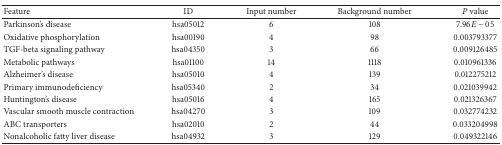
<table><thead><tr><td><b>Feature</b></td><td><b>ID</b></td><td><b>Input number</b></td><td><b>Background number</b></td><td><b><i>P</i> value</b></td></tr></thead><tbody><tr><td>Parkinson&#x27;s disease</td><td>hsa05012</td><td>6</td><td>108</td><td>7.96<i>E</i> − 05</td></tr><tr><td>Oxidative phosphorylation</td><td>hsa00190</td><td>4</td><td>98</td><td>0.003793377</td></tr><tr><td>TGF-beta signaling pathway</td><td>hsa04350</td><td>3</td><td>66</td><td>0.009126485</td></tr><tr><td>Metabolic pathways</td><td>hsa01100</td><td>14</td><td>1118</td><td>0.010961336</td></tr><tr><td>Alzheimer&#x27;s disease</td><td>hsa05010</td><td>4</td><td>139</td><td>0.012275212</td></tr><tr><td>Primary immunodeficiency</td><td>hsa05340</td><td>2</td><td>34</td><td>0.021039942</td></tr><tr><td>Huntington&#x27;s disease</td><td>hsa05016</td><td>4</td><td>165</td><td>0.021326367</td></tr><tr><td>Vascular smooth muscle contraction</td><td>hsa04270</td><td>3</td><td>109</td><td>0.032774232</td></tr><tr><td>ABC transporters</td><td>hsa02010</td><td>2</td><td>44</td><td>0.033204998</td></tr><tr><td>Nonalcoholic fatty liver disease</td><td>hsa04932</td><td>3</td><td>129</td><td>0.049322146</td></tr></tbody></table>